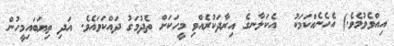
އިއްވެވުމެވެ.) އެހެނެއްކަމަކު  އެކަލާނގެ އިރާދަކުރެއްވި މީހަކަށް ތެދުމަގު ދައްކަވައެވެ. އަދި ތިޔަބައިމީހުން